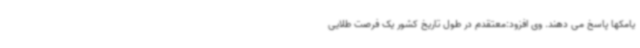
یامکها پاسخ می دهند. وی افزود:معتقدم در طول تاریخ کشور یک فرصت طلایی